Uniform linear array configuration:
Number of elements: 64
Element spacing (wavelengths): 1
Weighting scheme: exponential
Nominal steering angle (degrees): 0
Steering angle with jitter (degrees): -1.942
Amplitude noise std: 0.05
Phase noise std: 0.05

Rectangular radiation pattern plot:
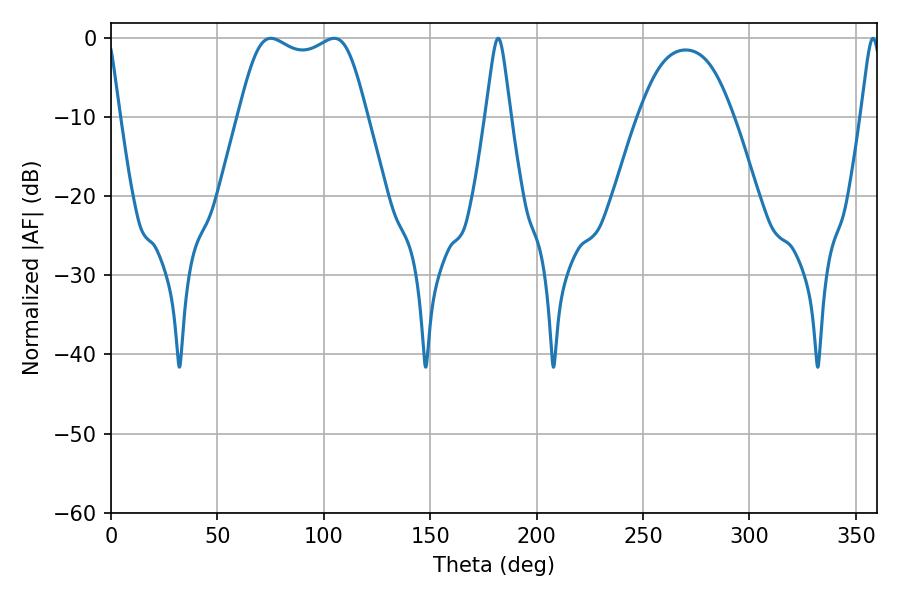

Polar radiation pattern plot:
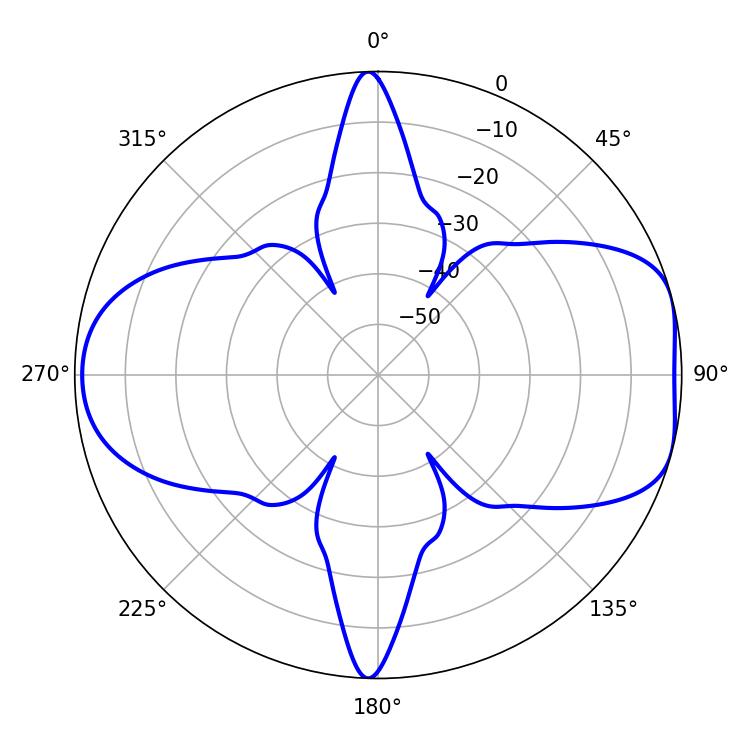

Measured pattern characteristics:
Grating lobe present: TRUE
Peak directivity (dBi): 7.406
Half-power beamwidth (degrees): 46.8
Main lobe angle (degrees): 75.06